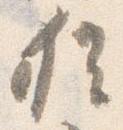
猶